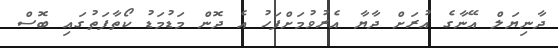
ދާނިޔަލް އޭނާގެ އުރަށް ދާޔާ އެރުވުމަށްފަހު އެ ދޮން މަޑުމަޑު ކޯތާފަތުގައި ބޮސް